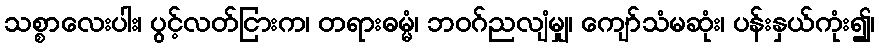
သစ္စာလေးပါး၊ ပွင့်လတ်ငြားက၊ တရားဓမ္မံ၊ ဘဝဂ်ညလျံမျှ၊ ကျော်သံမဆုံး၊ ပန်းနှယ်ကုံး၍၊